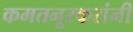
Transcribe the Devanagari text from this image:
कमतनूरकरांनी